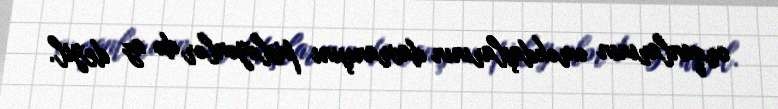
orqanlarının əməkdaşlarının davranışını pisləyənlər də az deyil.